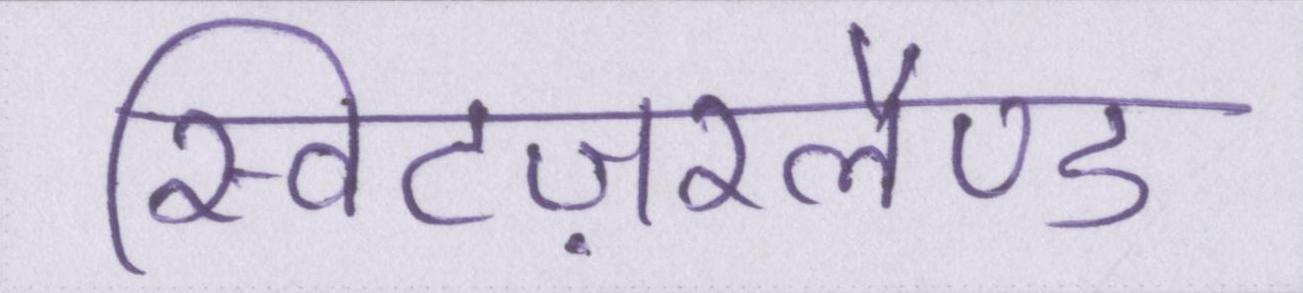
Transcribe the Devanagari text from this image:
स्विटज़रलैण्ड